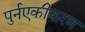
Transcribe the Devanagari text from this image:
पुर्नएकीकरण